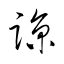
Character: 諒